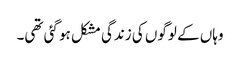
وہاں کے لوگوں کی زندگی مشکل ہو گئی تھی۔